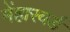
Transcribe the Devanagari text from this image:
मेंहारवर्ड